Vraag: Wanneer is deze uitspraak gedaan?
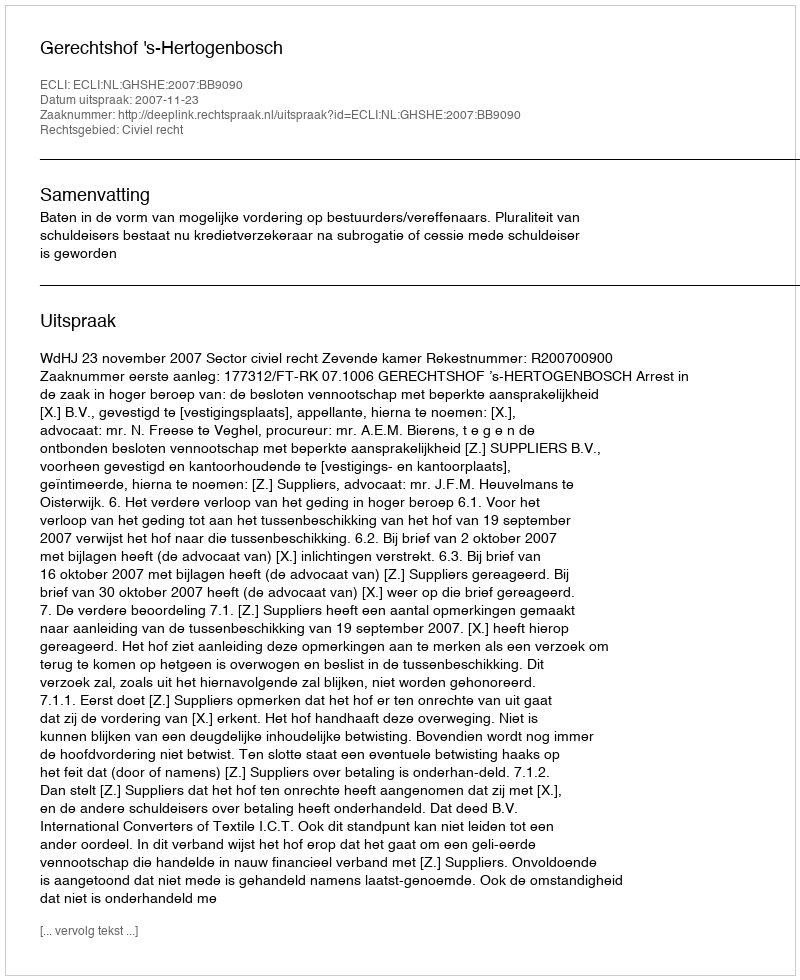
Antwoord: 2007-11-23